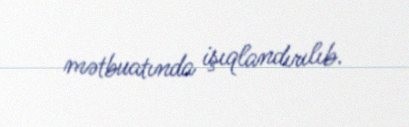
mətbuatında işıqlandırılıb.